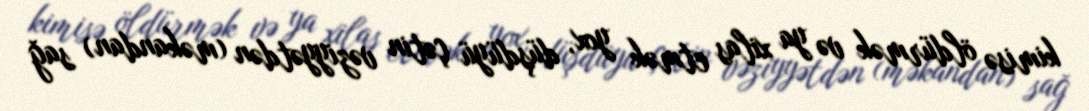
kimisə öldürmək və ya xilas etmək yox, düşdüyü çətin vəziyyətdən (məkandan) sağ